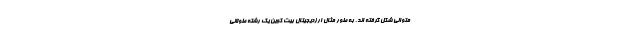
متوالی شکل گرفته اند. به طور مثال ارزدیجیتال بیت کوین یک رشته طولانی